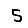
Digit: 5